Vaccination North-Western Provinces and Oudh 1878-1895 - 1878-1895
Year: 1878
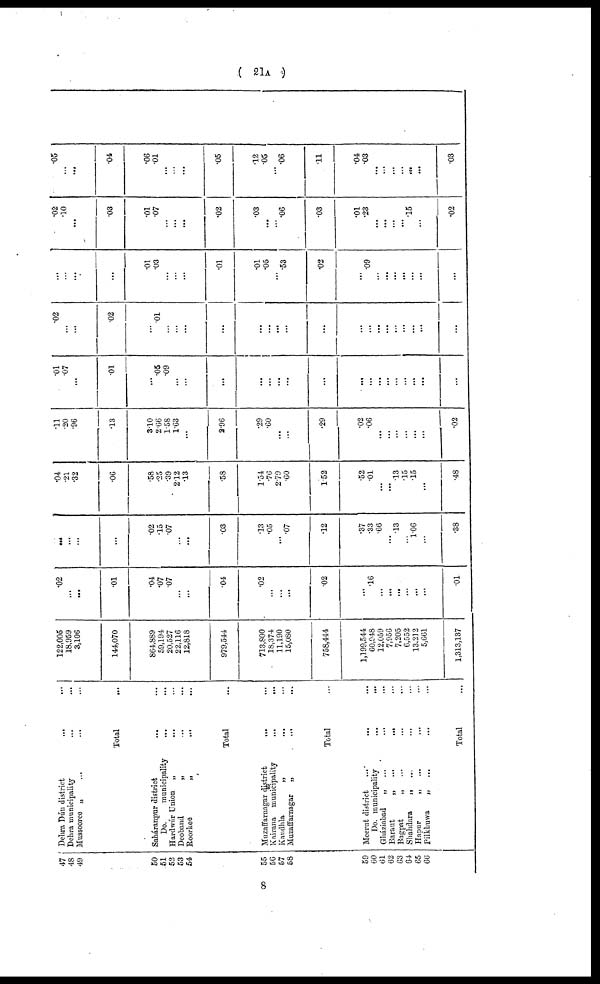
( 21A )
47
48
49
50
51
52
53
54
55
56
57
58
59
60
61
62
63
64
65
66
Dehra Dún district
... ...
Dehra municipality
...
...
Mussooreo „ ... ... ...
Total ...
Saháranpur district ... ...
Do
municipality ... ...
Hardwár Union „ ... ...
Deoband
„ ... ...
Roorkee
„
...
...
Total ...
Muzaffarnagar district ... ...
Kairana municipality
...
...
Kandhla
„ ... ...
Muzaffarnagar
„
...
...
Total ...
Meerut district ... ... ...
Do. municipality
... ...
Gháziabad
„
...
...
Baraut
„
... ...
Bagpat
„
...
...
Shahdara „ ... ...
Hapur
„
...
...
Pilkhuwa
„
...
...
Total ...
122,005
18,959
3,106
144,070
864,889
59,194
20,527
22,116
12,818
979,544
713,800
18,374
11,190
15,080
758,444
1,199,544
60,948
12,059
7,956
7,205
6,552
13,212
5,661
1,313,137
.02
...
...
.01
.04
.07
.07
...
...
.04
.02
...
...
...
.02
...
.16
...
...
...
...
...
...
.01
...
...
...
...
.02
.15
.07
...
...
.03
.13
.05
...
.07
.12
.37
.33
.66
...
.13
...
1.06
...
.38
.01
.21
.32
.06
.58
.25
.39
2.12
.13
.58
1.54
.76
2.79
.60
1.52
.52
.01
...
...
.13
.15
.15
...
.48
.11
.20
.96
.13
3.10
2.66
1.58
1.63
...
2.96
.29
.60
...
...
.29
.02
.06
...
...
...
...
...
...
.02
.01
.07
...
.01
...
.05
.09
...
...
...
...
...
...
...
...
...
...
...
...
...
...
...
...
...
.02
...
...
.02
...
.01
...
...
...
...
...
...
...
...
...
...
...
...
...
...
...
...
...
...
...
...
...
...
.01
.03
...
...
...
.01
.01
.05
...
.53
.02
...
.09
...
...
...
...
...
...
...
.02
.10
...
.03
.01
.07
...
...
...
.02
.03
...
...
.06
.03
.01
.23
...
...
...
...
.15
...
.02
.05
...
...
.04
.06
.01
...
...
...
.05
.12
.05
...
.06
.11
.04
.03
...
...
...
...
...
...
.03
8